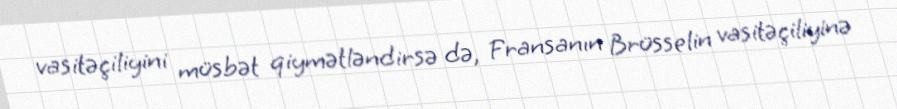
vasitəçiliyini müsbət qiymətləndirsə də, Fransanın Brüsselin vasitəçiliyinə